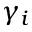
\gamma _ { i }